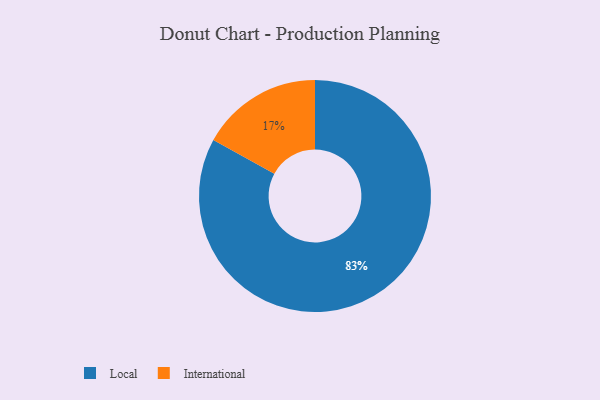
{"axis": {"x": "Category", "y": "Percentage"}, "legend": ["International", "Local"], "data": [{"x": "International", "y": 17, "type": "International"}, {"x": "Local", "y": 83, "type": "Local"}]}